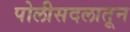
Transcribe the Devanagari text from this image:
पोलीसदलातून